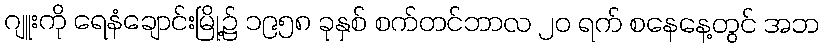
ဂျူးကို ရေနံချောင်းမြို့၌ ၁၉၅၈ ခုနှစ် စက်တင်ဘာလ ၂၀ ရက် စနေနေ့တွင် အဘ